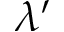
\lambda ^ { \prime }